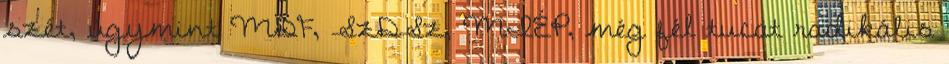
szét, úgymint MDF, SzDSz, MIÉP, még fél tucat radikális